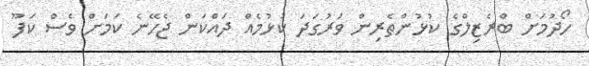
ހޯދުމަށް ބްރެޒިލްގެ ކުޅުންތެރިން ވަރުގަދަ ކުޅުމެއް ދައްކަން ޖެހޭނެ ކަމަށް ވެސް ކަފޫ